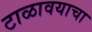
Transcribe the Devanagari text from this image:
टाळावयाचा